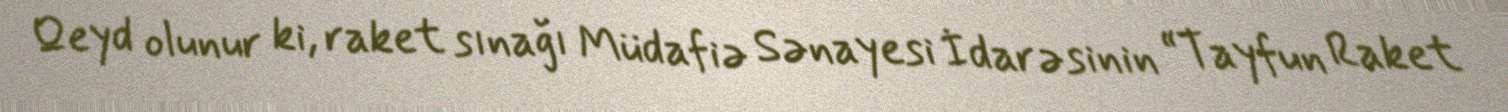
Qeyd olunur ki, raket sınağı Müdafiə Sənayesi İdarəsinin “Tayfun Raket